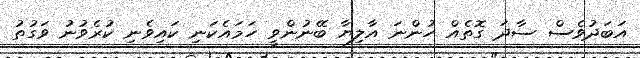
އަބަދުވެސް ސާދަ ގޮތެއް ހުންނަ އާލިޔާ ބޭނުންވީ ހަމައެކަނި ކައިވެނި ކުރެވުނު ވަގުތު